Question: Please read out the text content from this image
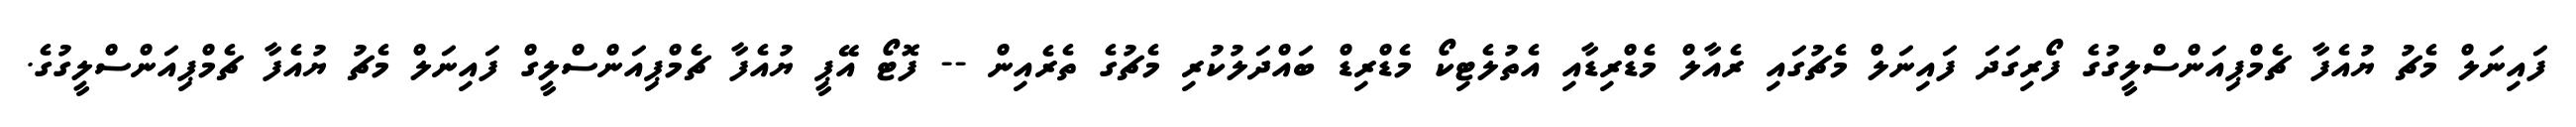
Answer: ފައިނަލް މެޗު ޔުއެފާ ޗެމްޕިއަންސްލީގުގެ ފޯރިގަދަ ފައިނަލް މެޗުގައި ރެއާލް މެޑްރިޑާއި އެތުލެޓިކޯ މެޑްރިޑް ބައްދަލުކުރި މެޗުގެ ތެރެއިން -- ފޮޓޯ އޭޕީ ޔުއެފާ ޗެމްޕިއަންސްލީގް ފައިނަލް މެޗު ޔުއެފާ ޗެމްޕިއަންސްލީގުގެ.